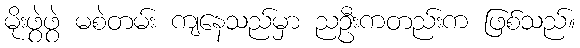
မိုးဖွဲဖွဲ မစဲတမ်း ကျနေသည်မှာ ညဦးကတည်းက ဖြစ်သည်။